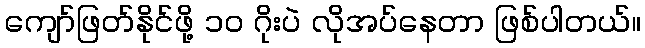
ကျော်ဖြတ်နိုင်ဖို့ ၁၀ ဂိုးပဲ လိုအပ်နေတာ ဖြစ်ပါတယ်။